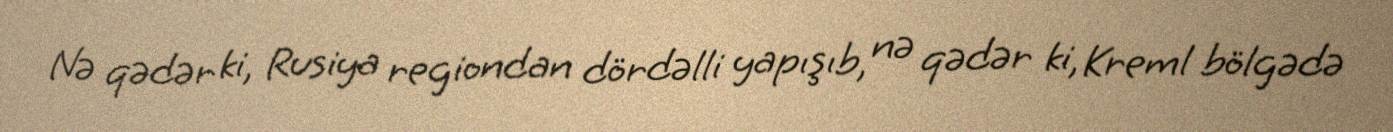
Nə qədər ki, Rusiya regiondan dördəlli yapışıb, nə qədər ki, Kreml bölgədə